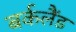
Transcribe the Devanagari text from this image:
बर्कलैंड